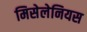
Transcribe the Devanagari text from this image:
मिसेलेनियस